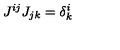
J ^ { i j } J _ { j k } = \delta _ { k } ^ { i }